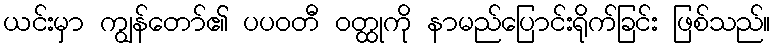
ယင်းမှာ ကျွန်တော်၏ ပပဝတီ ဝတ္ထုကို နာမည်ပြောင်းရိုက်ခြင်း ဖြစ်သည်။